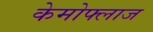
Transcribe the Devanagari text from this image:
केमोफ्लाज